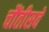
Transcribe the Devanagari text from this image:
चौंतीसवें